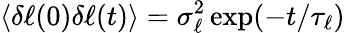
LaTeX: \langle\delta\ell(0)\delta\ell(t)\rangle=\sigma_{\ell}^{2}\exp(-t/\tau_{\ell})